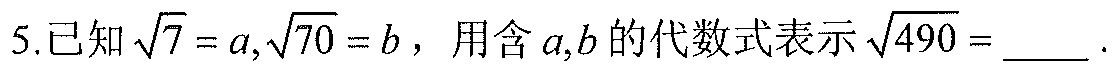
5.已知$\sqrt{7}=a,\sqrt{70}=b$，用含$a,b$的代数式表示$\sqrt{490}=$____.